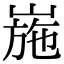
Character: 崺